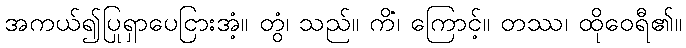
အကယ်၍ပြုရှာပေငြားအံ့။ တွံ၊ သည်။ ကိံ၊ ကြောင့်။ တဿ၊ ထိုဝေရီ၏။